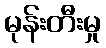
မုန်းတီးမှု